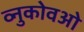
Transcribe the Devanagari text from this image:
व्नुकोवओ